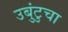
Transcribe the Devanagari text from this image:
उबुंटुचा